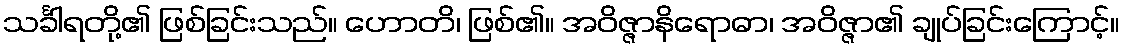
သင်္ခါရတို့၏ ဖြစ်ခြင်းသည်။ ဟောတိ၊ ဖြစ်၏။ အဝိဇ္ဇာနိရောဓာ၊ အဝိဇ္ဇာ၏ ချုပ်ခြင်းကြောင့်။